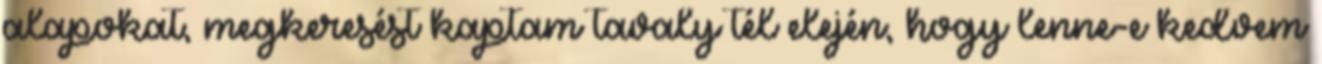
alapokat, megkeresést kaptam tavaly tél elején, hogy lenne-e kedvem